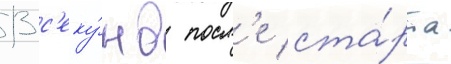
13 с'еку́нд посл'е ста́рта